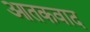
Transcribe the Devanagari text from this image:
आतकवाद